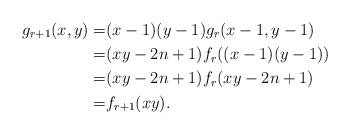
\begin{align*} g_{r+1}(x,y)=& (x-1)(y-1) g_{r}(x-1,y-1)\\ =&(xy-2n+1)f_r((x-1)(y-1)) \\ =&(xy-2n+1)f_r(xy-2n+1)\\ =&f_{r+1}(xy).\end{align*}